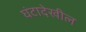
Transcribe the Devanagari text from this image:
घंटादेखील